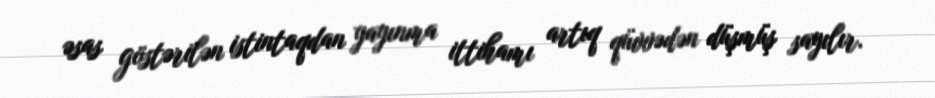
əsas göstərilən istintaqdan yayınma ittihamı artıq qüvvədən düşmüş sayılır.